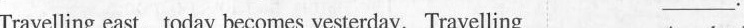
Travelling east,today becomes yesterday. Travelling ___.